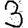
Digit: 3